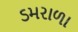
ડમરાળા